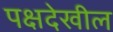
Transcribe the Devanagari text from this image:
पक्षदेखील